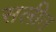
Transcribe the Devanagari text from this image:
सलीत